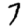
Digit: 7